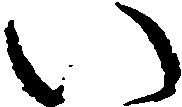
い